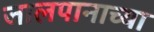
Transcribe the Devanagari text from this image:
जालपानाच्या